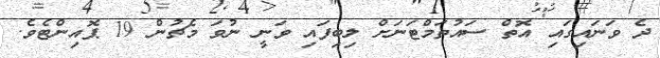
ދެ ވަނައިގައި އޮތް ސައުތަމްޓަނަށް ލިބިފައި ވަނީ ނުވަ މެޗުން 19 ޕޮއިންޓެވެ.